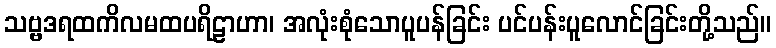
သဗ္ဗဒရထကိလမထပရိဠာဟာ၊ အလုံးစုံသောပူပန်ခြင်း ပင်ပန်းပူလောင်ခြင်းတို့သည်။